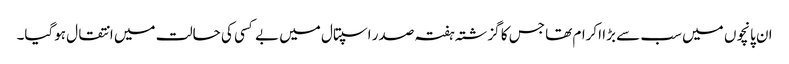
ان پانچوں میں سب سے بڑا اکرام تھا جس کا گزشتہ ہفتہ صدر اسپتال میں بے کسی کی حالت میں انتقال ہوگیا۔